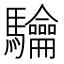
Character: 𮪟